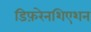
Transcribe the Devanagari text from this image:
डिफ़रेनशिएशन